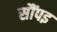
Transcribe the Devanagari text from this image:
सौंपइ